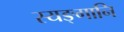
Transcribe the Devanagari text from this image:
स्यङ्गानि